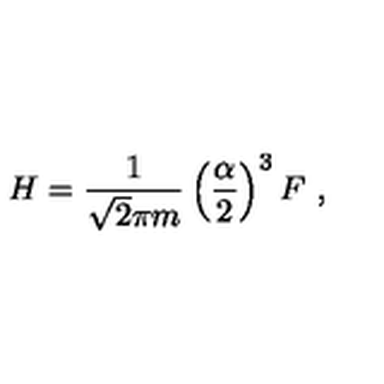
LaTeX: H = \frac { 1 } { \sqrt { 2 } \pi m } \left( \frac { \alpha } { 2 } \right) ^ { 3 } F \ ,